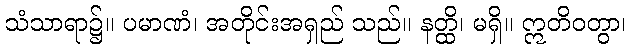
သံသာရာ၌။ ပမာဏံ၊ အတိုင်းအရှည် သည်။ နတ္ထိ၊ မရှိ။ ဣတိဝတွာ၊